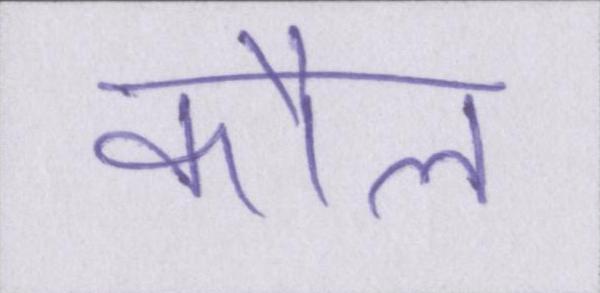
कौल